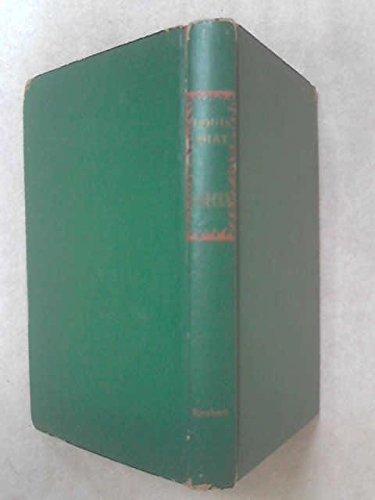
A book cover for Sauces, French and Famous; Louis Diat; Cookbooks, Food & Wine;